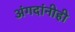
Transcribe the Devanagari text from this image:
अंगदांनीही